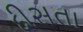
દીસતા